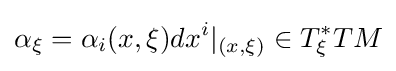
\alpha _{\xi }=\alpha _{i}(x,\xi )dx^{i}|_{(x,\xi )}\in T_{\xi }^{*}TM